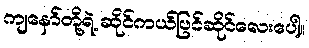
ကျနော်တို့ရဲ့ ဆိုင်ကယ်ပြင်ဆိုင်လေးပေါ့။